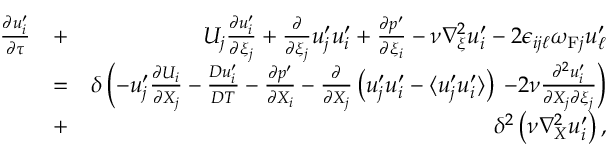
\begin{array} { r l r } { \frac { \partial u _ { i } ^ { \prime } } { \partial \tau } } & { + } & { U _ { j } \frac { \partial u _ { i } ^ { \prime } } { \partial \xi _ { j } } + \frac { \partial } { \partial \xi _ { j } } u _ { j } ^ { \prime } u _ { i } ^ { \prime } + \frac { \partial p ^ { \prime } } { \partial \xi _ { i } } - \nu \nabla _ { \xi } ^ { 2 } u _ { i } ^ { \prime } - 2 \epsilon _ { i j \ell } \omega _ { \mathrm { { F } } j } u _ { \ell } ^ { \prime } } \\ & { = } & { \delta \left( { - u _ { j } ^ { \prime } \frac { \partial U _ { i } } { \partial X _ { j } } - \frac { D u _ { i } ^ { \prime } } { D T } - \frac { \partial p ^ { \prime } } { \partial X _ { i } } - \frac { \partial } { \partial X _ { j } } \left( { u _ { j } ^ { \prime } u _ { i } ^ { \prime } - \langle { u _ { j } ^ { \prime } u _ { i } ^ { \prime } } \rangle } \right) } \right. \left. { - 2 \nu \frac { \partial ^ { 2 } u _ { i } ^ { \prime } } { \partial X _ { j } \partial \xi _ { j } } } \right) } \\ & { + } & { \delta ^ { 2 } \left( { \nu \nabla _ { X } ^ { 2 } u _ { i } ^ { \prime } } \right) , } \end{array}